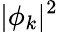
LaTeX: |\phi_{k}|^{2}